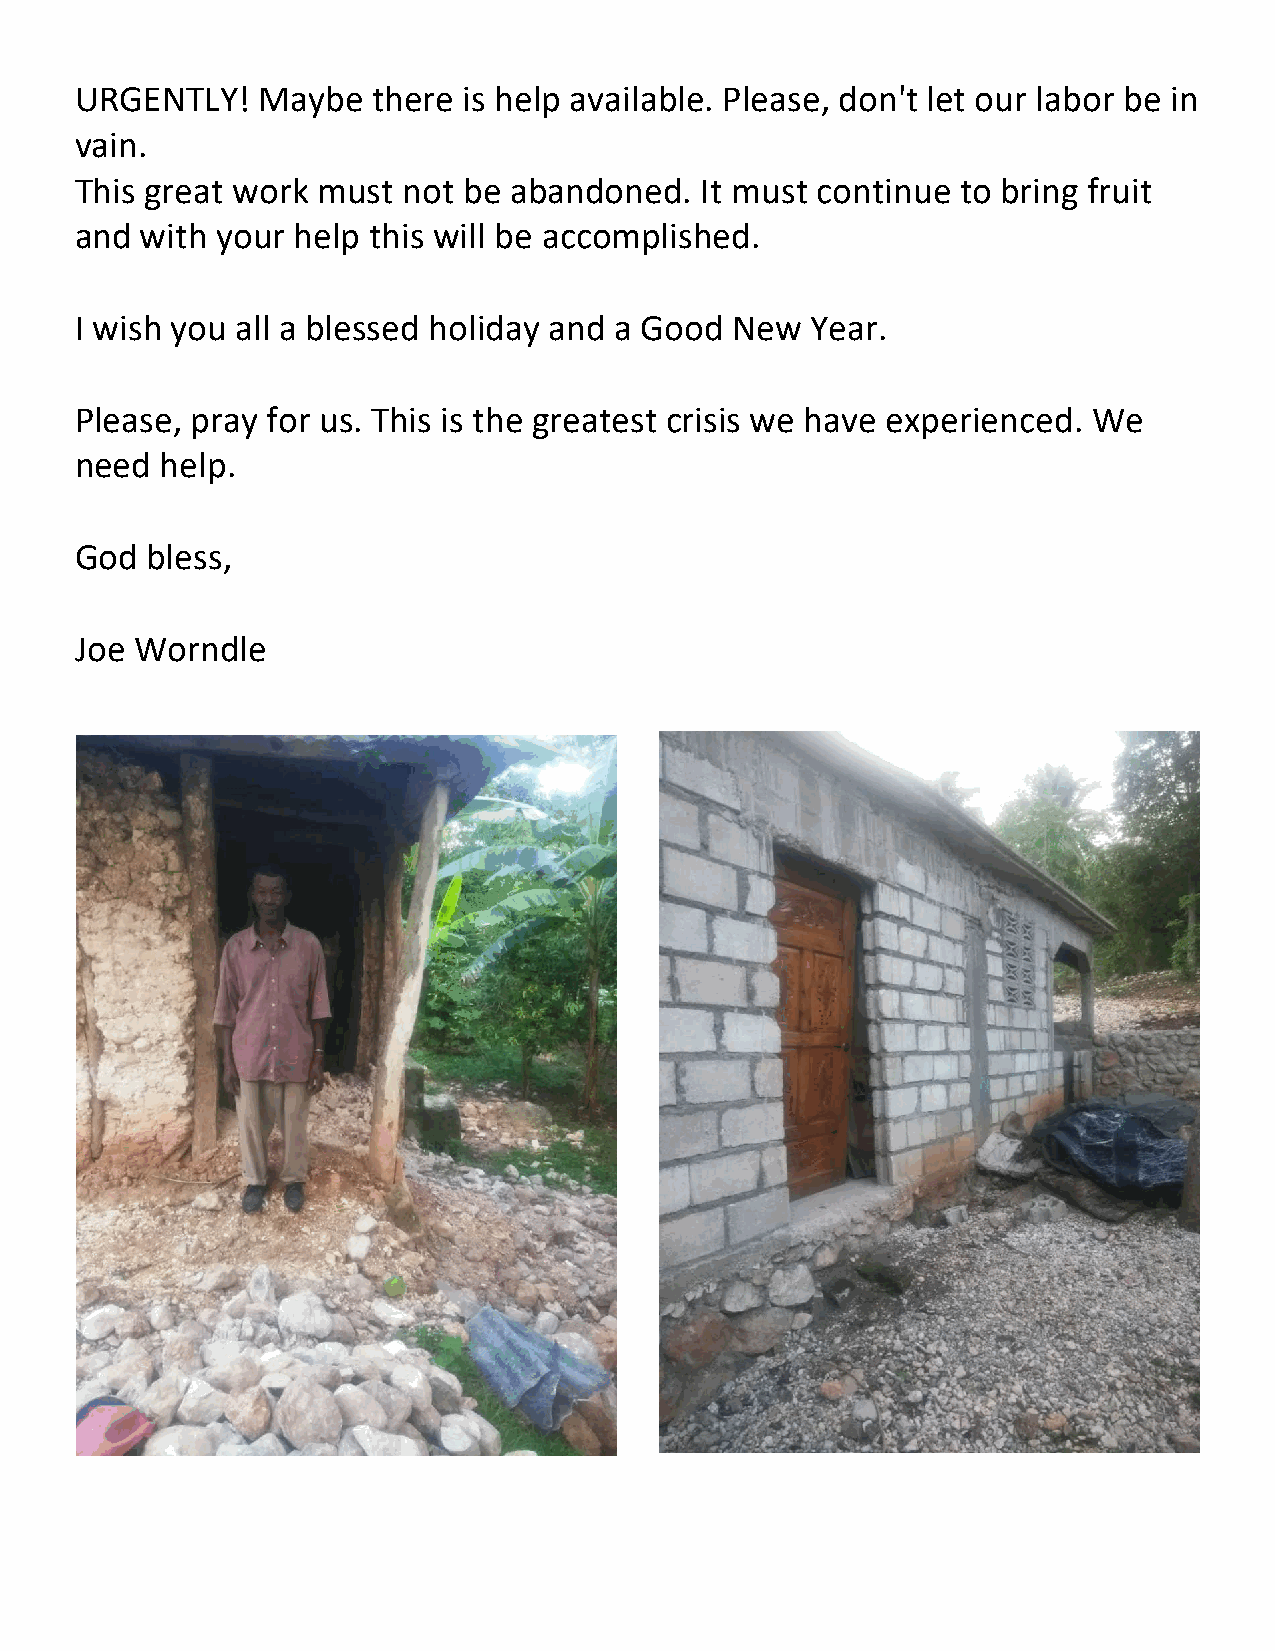
URGENTLY!   Maybe   there is help available. Please, don't let our labor be in
 vain.
 This great work must  not be abandoned.  It must continue  to bring fruit
 and with your help this will be accomplished.
 I wish you all a blessed holiday and a Good New  Year.
 Please, pray for us. This is the greatest crisis we have experienced. We
 need  help.
 God  bless,
 Joe Worndle